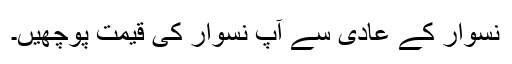
نسوار کے عادی سے آپ نسوار کی قیمت پوچھیں۔